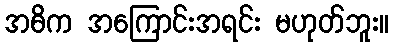
အဓိက အကြောင်းအရင်း မဟုတ်ဘူး။